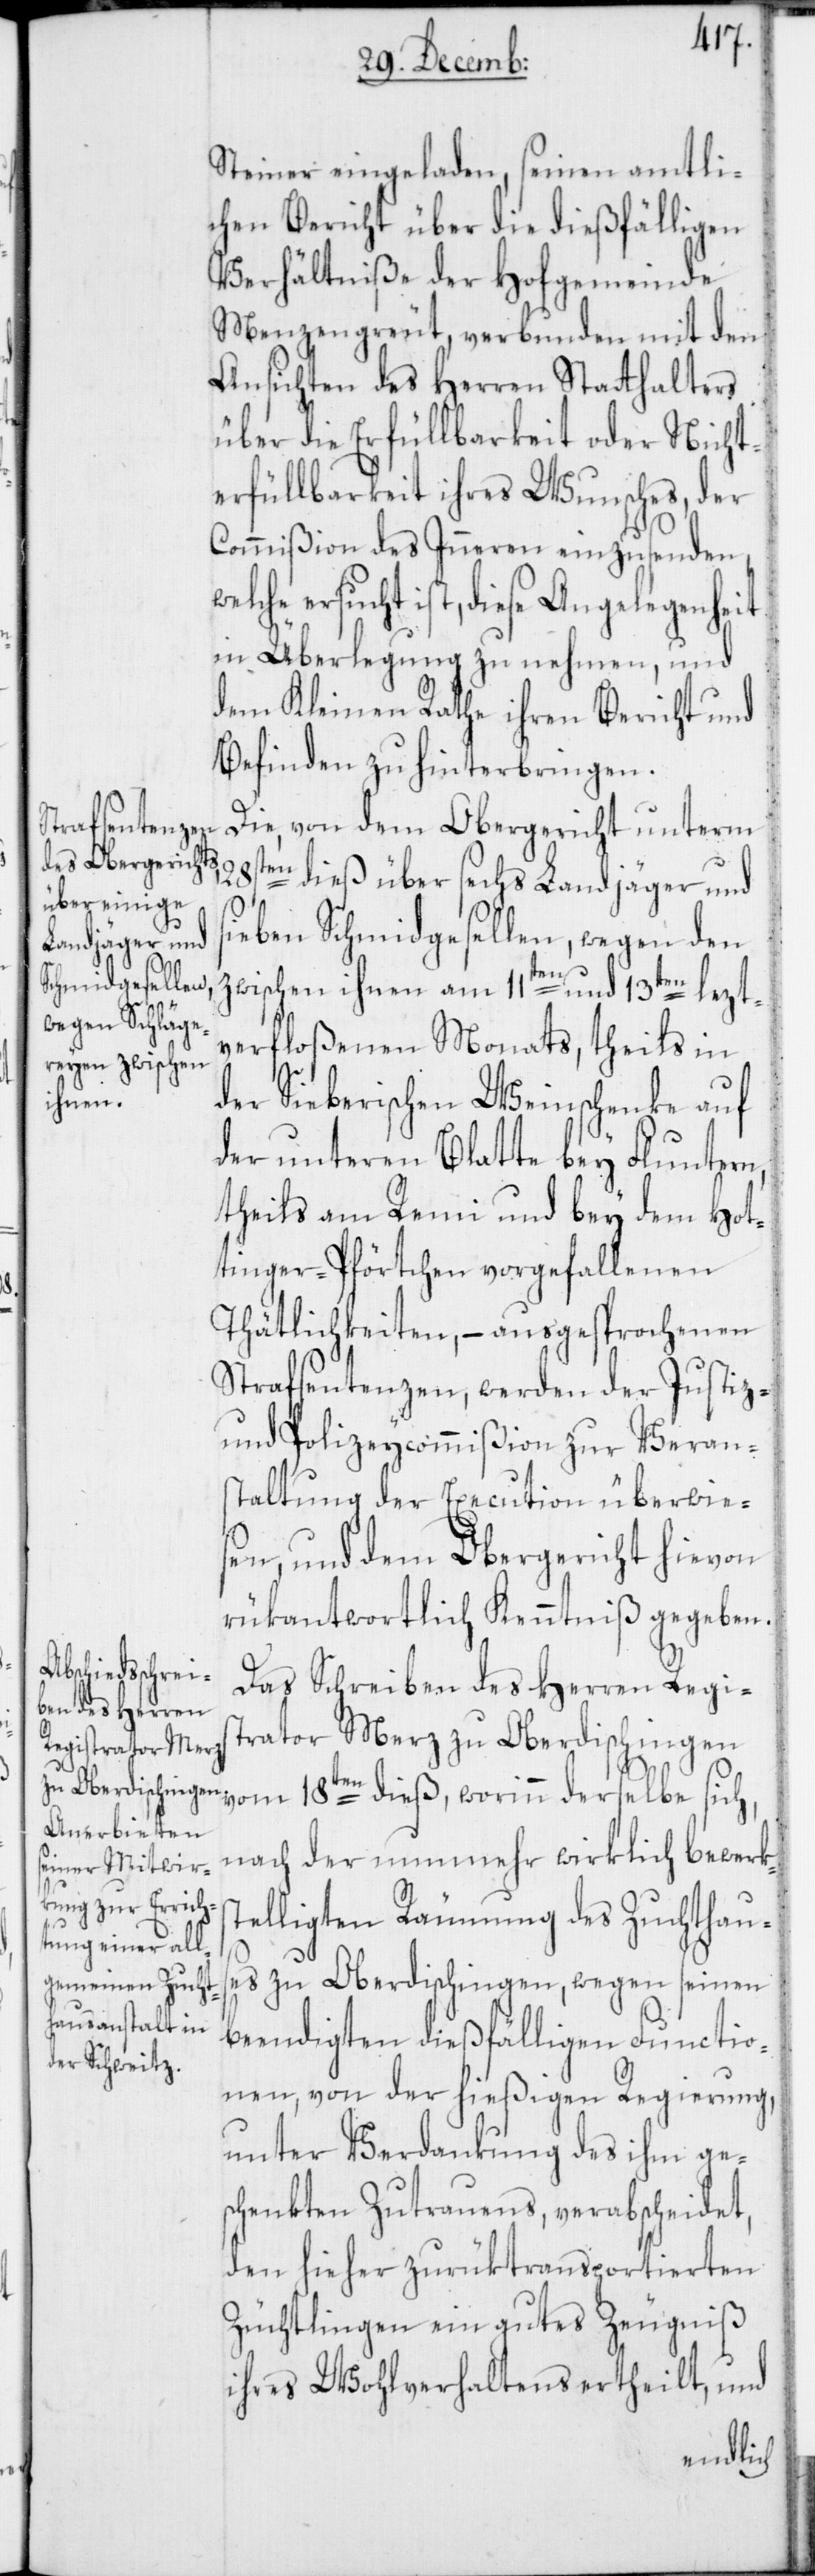
Steiner eingeladen, seinen amtli¬
chen Bericht über die dießfälligen
Verhältniße der Hofgemeinde
Menzengreut, verbunden mit den
Ansichten des Herren Statthalters
über die Erfüllbarkeit oder Nicht¬
erfüllbarkeit ihres Wunsches, der
Commißion des Inneren einzusenden,
ersucht ist, diese Angelegenheit
in Überlegung zu nehmen, und
dem Kleinen Rathe ihren Bericht und
Befinden zu hinterbringen.
Die, von dem Obergericht unterm
28sten dieß über sechs Landjäger und
eben Schmidgesellen, wegen den
zwischen ihnen am 11ten und 13ten lezt¬
verfloßenen Monats, theils in
der Sieberischen Weinschenke auf
der unteren Blatte bey Fluntern,
theils am Remi und bey dem Hot¬
tinger-Pförtchen vorgefallenen
Thätlichkeiten, – ausgesprochenen
Strafsentenzen, werden der Justiz-
und Polizeycommißion zur Veran¬
staltung der Execution überwie¬
sen, und dem Obergericht hievon
rükantwortlich Kenntniß gegeben.
Das Schreiben des Herren Regis¬
trator Merz zu Oberdischingen
vom 18ten dieß, worinn derselbe sich,
nach der nunmehr wirklich bewerks¬
telligten Räumung des Zuchthaus¬
es zu Oberdischingen, wegen seinen
beendigten dießfälligen Functio¬
nen, von der hießigen Regierung,
unter Verdankung des ihm ges¬
chenkten Zutrauens, verabscheidet,
den hieher zurüktransportierten
Züchtlingen ein gutes Zeugniß
ihres Wohlverhaltens ertheilt, und
si¬